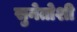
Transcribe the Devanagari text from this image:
सुनेतोशी